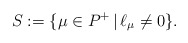
\begin{align*} S:=\{\mu\in P^+\,|\,\ell_\mu\ne0\}.\end{align*}